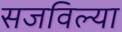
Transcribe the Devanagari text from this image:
सजविल्या